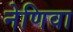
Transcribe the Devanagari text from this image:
नेणिवा